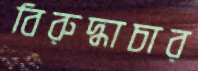
বিরুদ্ধাচার